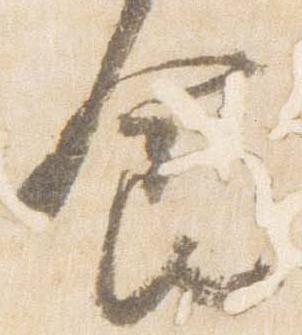
食